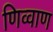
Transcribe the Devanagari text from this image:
णिव्वाण